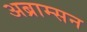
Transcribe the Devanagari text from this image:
अब्राम्सन